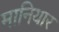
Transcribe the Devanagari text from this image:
मानियार